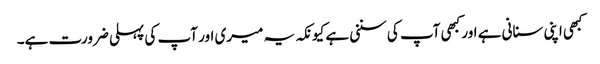
کبھی اپنی سنانی ہے اور کبھی آپ کی سننی ہے کیونکہ یہ میری اور آپ کی پہلی ضرورت ہے۔